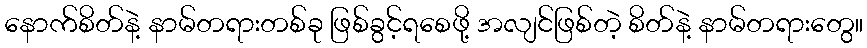
နောက်စိတ်နဲ့ နာမ်တရားတစ်ခု ဖြစ်ခွင့်ရစေဖို့ အလျင်ဖြစ်တဲ့ စိတ်နဲ့ နာမ်တရားတွေ။